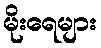
မိုးရေများ